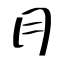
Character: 月